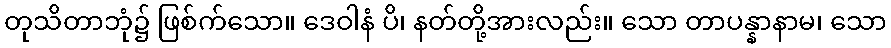
တုသိတာဘုံ၌ ဖြစ်က်သော။ ဒေဝါနံ ပိ၊ နတ်တို့အားလည်း။ သော တာပန္နာနာမ၊ သော